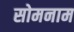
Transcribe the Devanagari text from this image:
सोमनाम